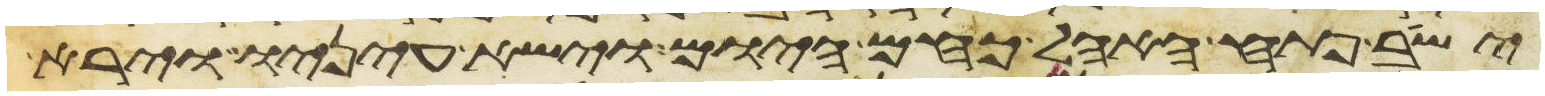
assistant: ישב פתח האהל כחם היום וישא עיניו וירא